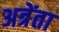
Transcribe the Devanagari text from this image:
अत्रेंता